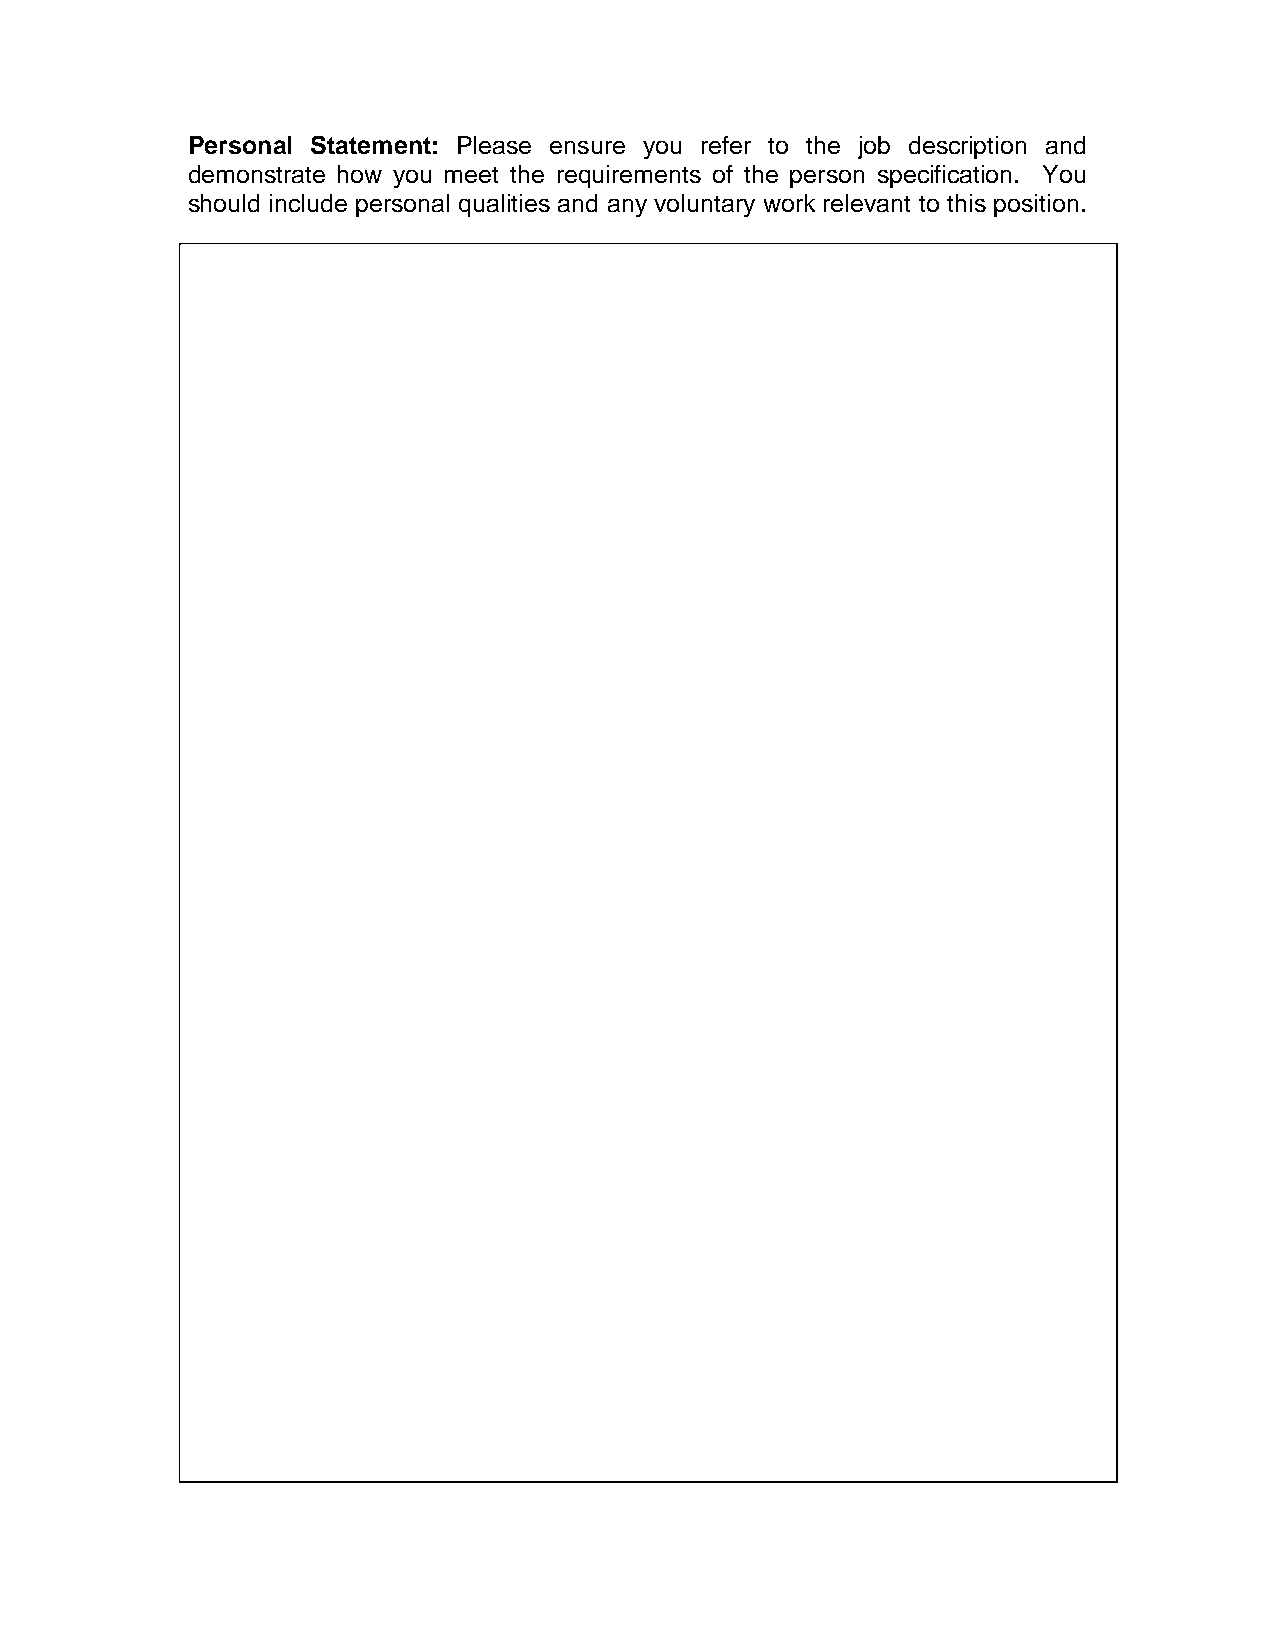
Personal Statement: Please ensure you refer to the job description and
 demonstrate how you meet the requirements of the person specification. You
 should include personal qualities and any voluntary work relevant to this position.